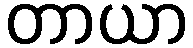
တာယာ